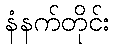
နံနက်တိုင်း